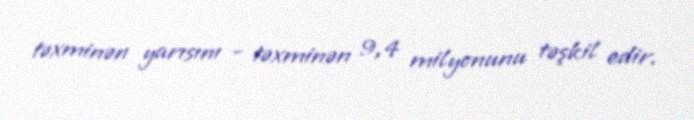
təxminən yarısını - təxminən 9,4 milyonunu təşkil edir.